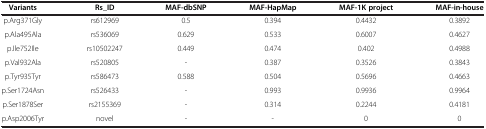
| Variants | Rs_ID | MAF-dbSNP | MAF-HapMap | MAF-1K project | MAF-in-house |
 | --- | --- | --- | --- | --- | --- |
 | p.Arg371Gly | rs612969 | 0.5 | 0.394 | 0.4432 | 0.3892 |
 | p.Ala495Ala | rs536069 | 0.629 | 0.533 | 0.6007 | 0.4627 |
 | p.Ile752Ile | rs10502247 | 0.449 | 0.474 | 0.402 | 0.4988 |
 | p.Val932Ala | rs520805 | - | 0.387 | 0.3526 | 0.3843 |
 | p.Tyr935Tyr | rs586473 | 0.588 | 0.504 | 0.5696 | 0.4663 |
 | p.Ser1724Asn | rs526433 | - | 0.993 | 0.9936 | 0.9964 |
 | p.Ser1878Ser | rs2155369 | - | 0.314 | 0.2244 | 0.4181 |
 | p.Asp2006Tyr | novel | - | - | 0 | 0 |